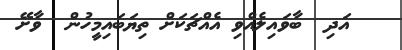
އަދި  ބާވައިލެއްވި އެއްޗަކަށް ތިޔަބައިމީހުން  ވާށޭ